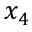
x _ { 4 }